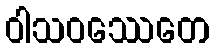
ဝါသဝဿေတေ